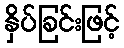
နှိပ်ခြင်းဖြင့်